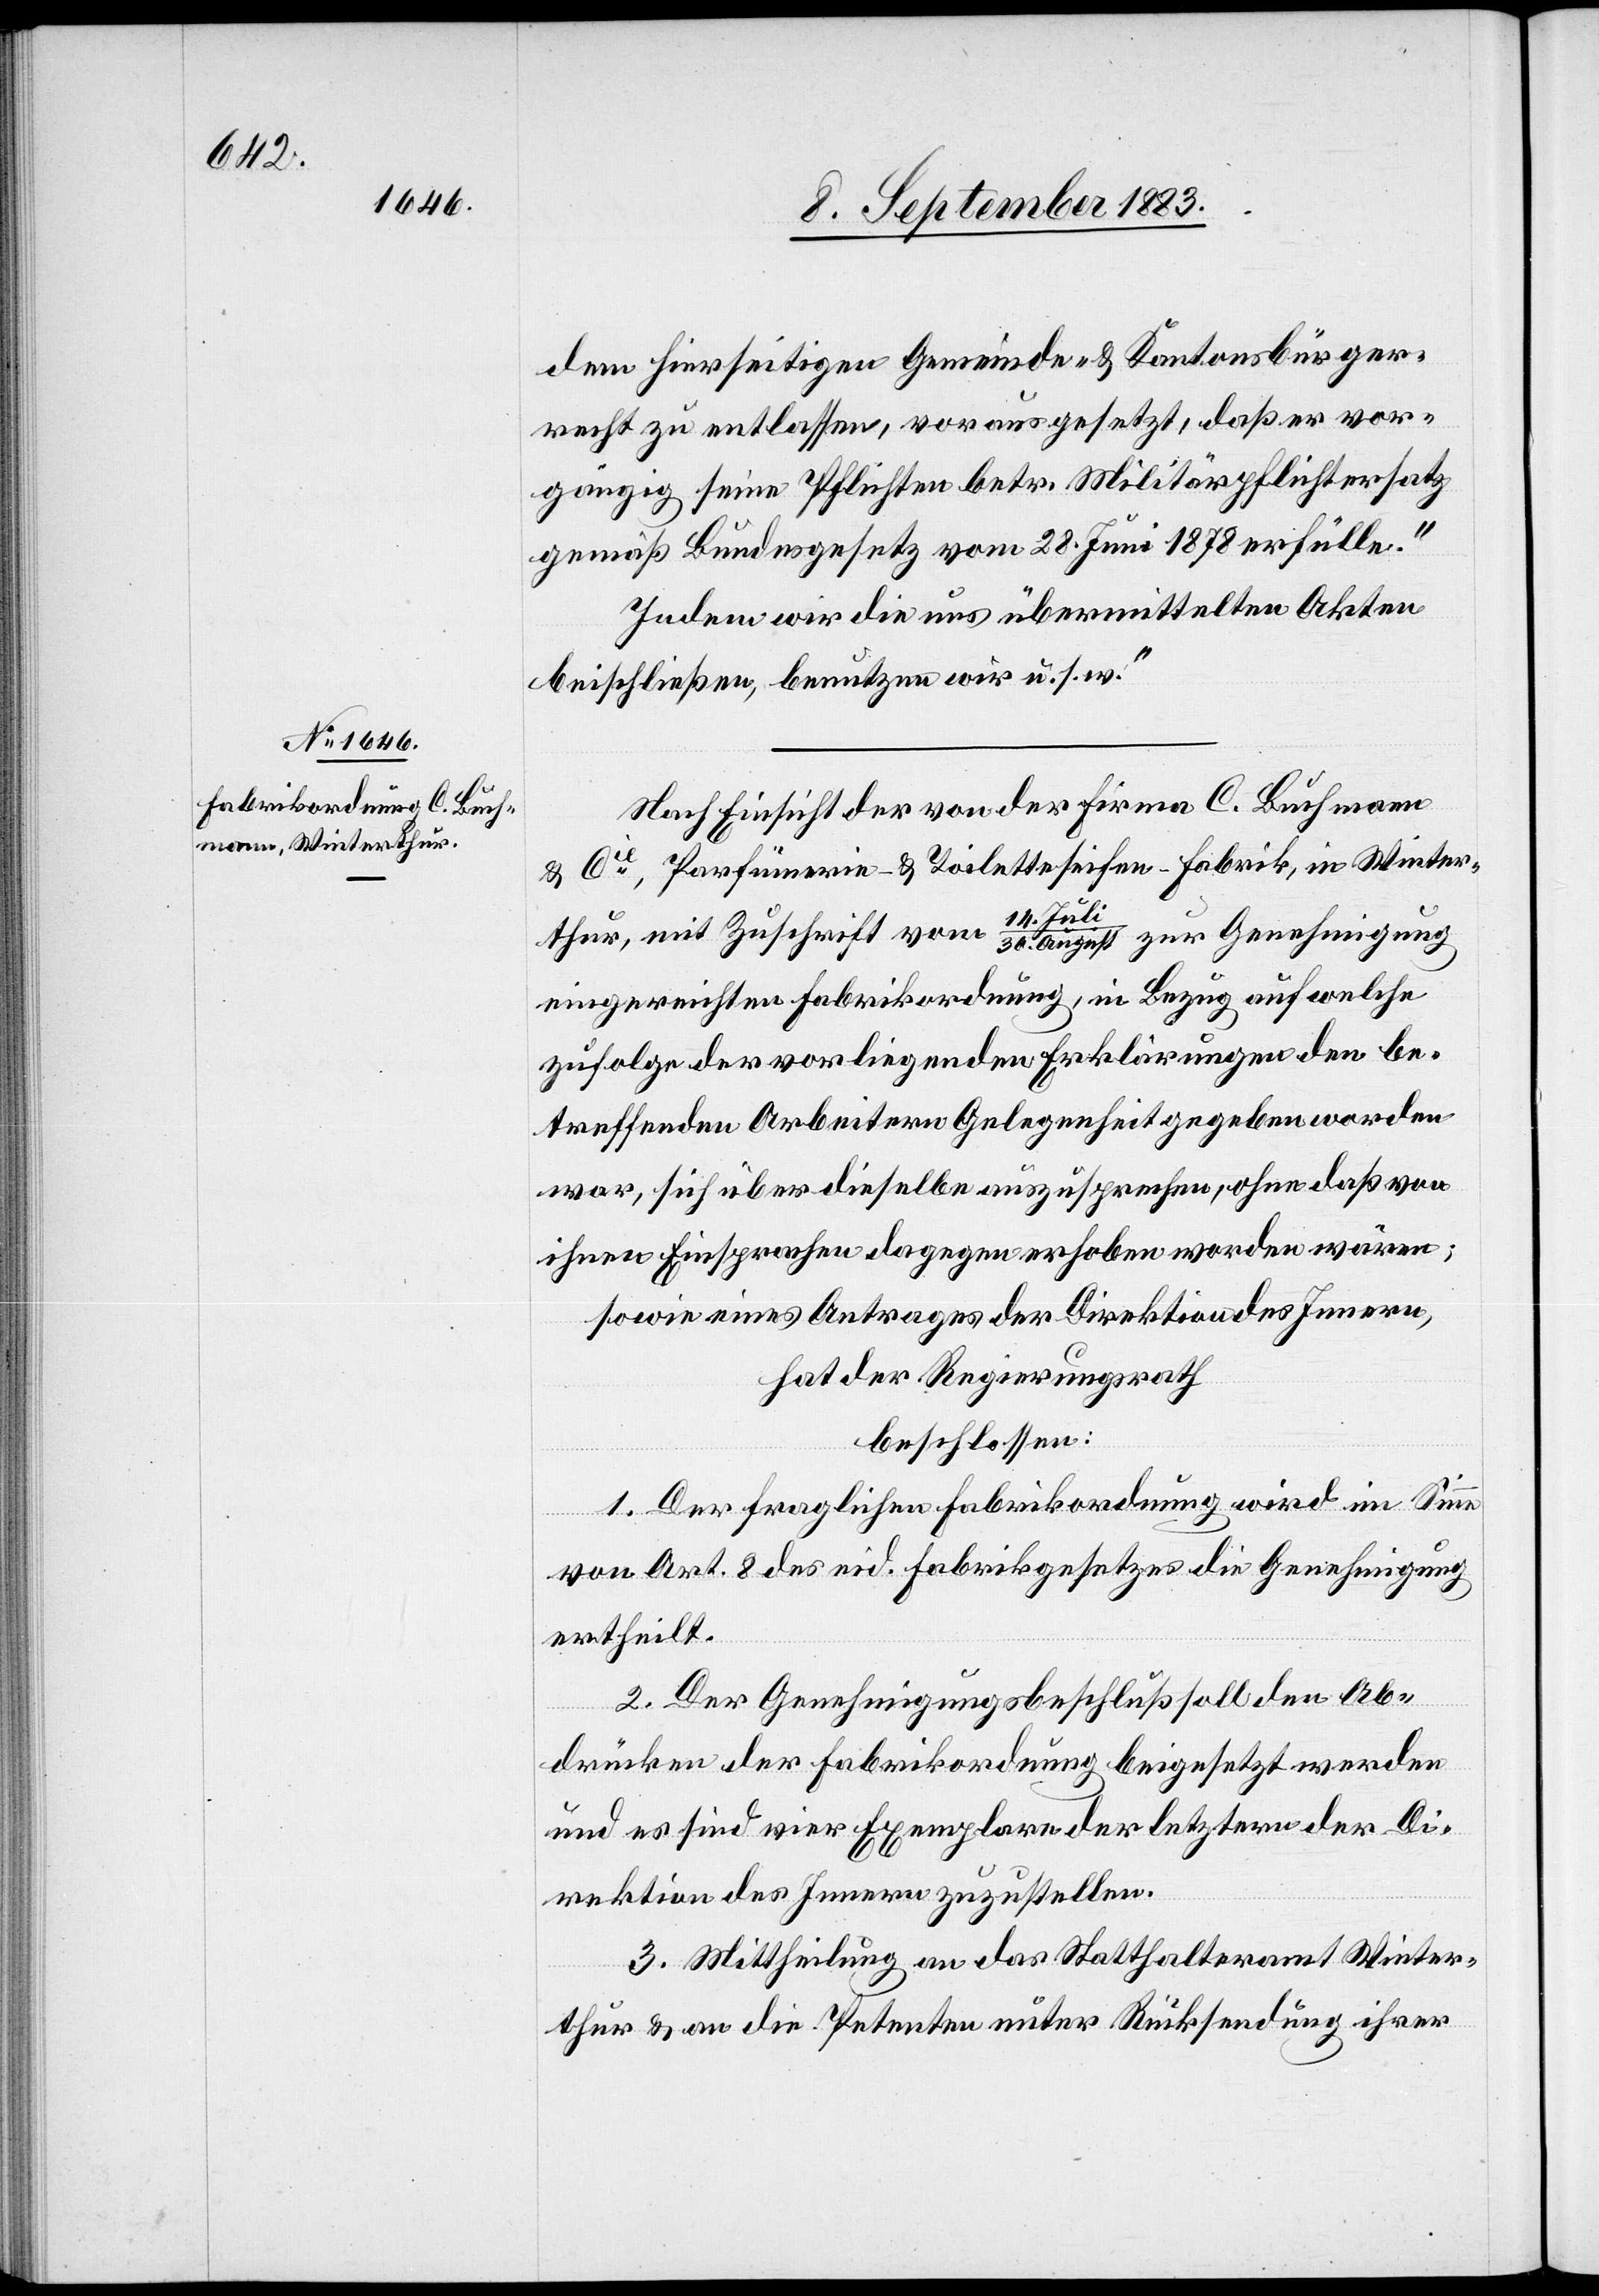
dem hierseitigen Gemeinde- & Kantonsbürger¬
recht zu entlassen, vorausgesetzt, daß er vor¬
gängig seine Pflichten betr. Militärpflichtersatz
gemäß Bundesgesetz vom 28. Juni 1878 erfülle.
Indem wir die uns übermittelten Akten
beischließen, benutzen wir u. s. w.“
Nach Einsicht der von der Firma C. Buchmann
& Cie, Parfümerie- & Toilettenseifen-Fabrik, in Winter¬
14. Jul¬
thur, mit Zuschrift vom
i/30. August zur Genehmigung
eingereichten Fabrikordnung, in Bezug auf welche
zufolge der vorliegenden Erklärungen den be¬
treffenden Arbeitern Gelegenheit gegeben worden
war, sich über dieselbe auszusprechen, ohne daß von
ihnen Einsprachen dagegen erhoben worden wären;
sowie eines Antrages der Direktion des Innern,
hat der Regierungsrath
beschlossen:
1. Der fraglichen Fabrikordnung wird im Sinne
von Art. 8 des eid. Fabrikgesetzes die Genehmigung
ertheilt.
2. Der Genehmigungsbeschluß soll den Ab¬
drücken der Fabrikordnung beigesetzt werden
und es sind vier Exemplare der letztern der Di¬
rektion des Innern zuzustellen.
3. Mittheilung an das Statthalteramt Winter¬
thur & an die Petenten unter Rücksendung ihrer